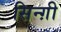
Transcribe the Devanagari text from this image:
सिन्ग़ी